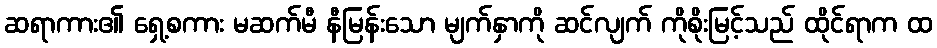
ဆရာကား၏ ရှေ့စကား မဆက်မီ နီမြန်းသော မျက်နှာကို ဆင်လျက် ကိုစိုးမြင့်သည် ထိုင်ရာက ထ